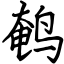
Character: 鹌